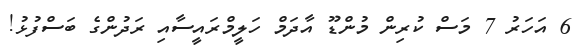
6 އަހަރު 7 މަސް ކުރިން މުންޑޫ އާދަމް ހަލީމްރައީސާއި ރަދުންގެ ބަސްފުޅު!